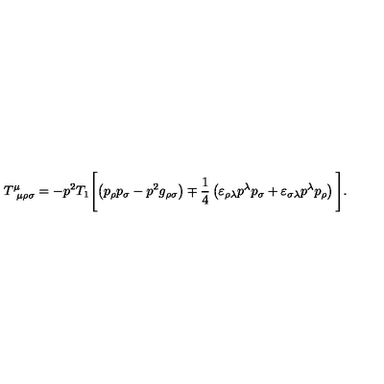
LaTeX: T _ { \ \mu \rho \sigma } ^ { \mu } = - p ^ { 2 } T _ { 1 } \Biggl [ \left( p _ { \rho } p _ { \sigma } - p ^ { 2 } g _ { \rho \sigma } \right) \mp \frac { 1 } { 4 } \left( \varepsilon _ { \rho \lambda } p ^ { \lambda } p _ { \sigma } + \varepsilon _ { \sigma \lambda } p ^ { \lambda } p _ { \rho } \right) \Biggl ] .